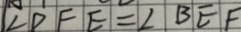
\angle D F E = \angle B E F